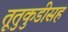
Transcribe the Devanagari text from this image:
तूतुकुडीसह